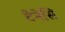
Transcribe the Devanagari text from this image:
टेनेसि